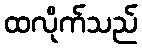
ထလိုက်သည်